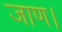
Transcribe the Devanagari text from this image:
जाण।